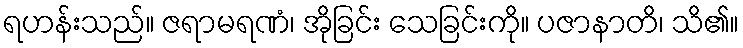
ရဟန်းသည်။ ဇရာမရဏံ၊ အိုခြင်း သေခြင်းကို။ ပဇာနာတိ၊ သိ၏။